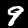
Digit: 9